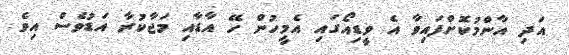
އަދި އާންމުކޮށްފައިވާ އެ ވީޑިއޯގައި އެމީހުން ހޭ އާޑާއި މަޖާކުރާ އަޑުވެސް އިވެ